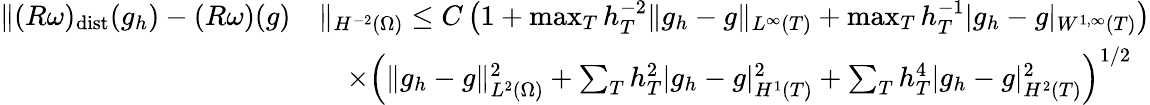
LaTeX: \begin{array}{rl}{\| (R\omega)_{\mathrm{dist}}(g_{h})-(R\omega)(g)}&{\| _{H^{-2}(\Omega)}\le C\left(1+\operatorname*{max}_{T}h_{T}^{-2}\| g_{h}-g\| _{L^{\infty}(T)}+\operatorname*{max}_{T}h_{T}^{-1}|g_{h}-g|_{W^{1,\infty}(T)}\right)}\\ &{\quad\times\left(\| g_{h}-g\| _{L^{2}(\Omega)}^{2}+\sum_{T}h_{T}^{2}|g_{h}-g|_{H^{1}(T)}^{2}+\sum_{T}h_{T}^{4}|g_{h}-g|_{H^{2}(T)}^{2}\right)^{1/2}}\end{array}